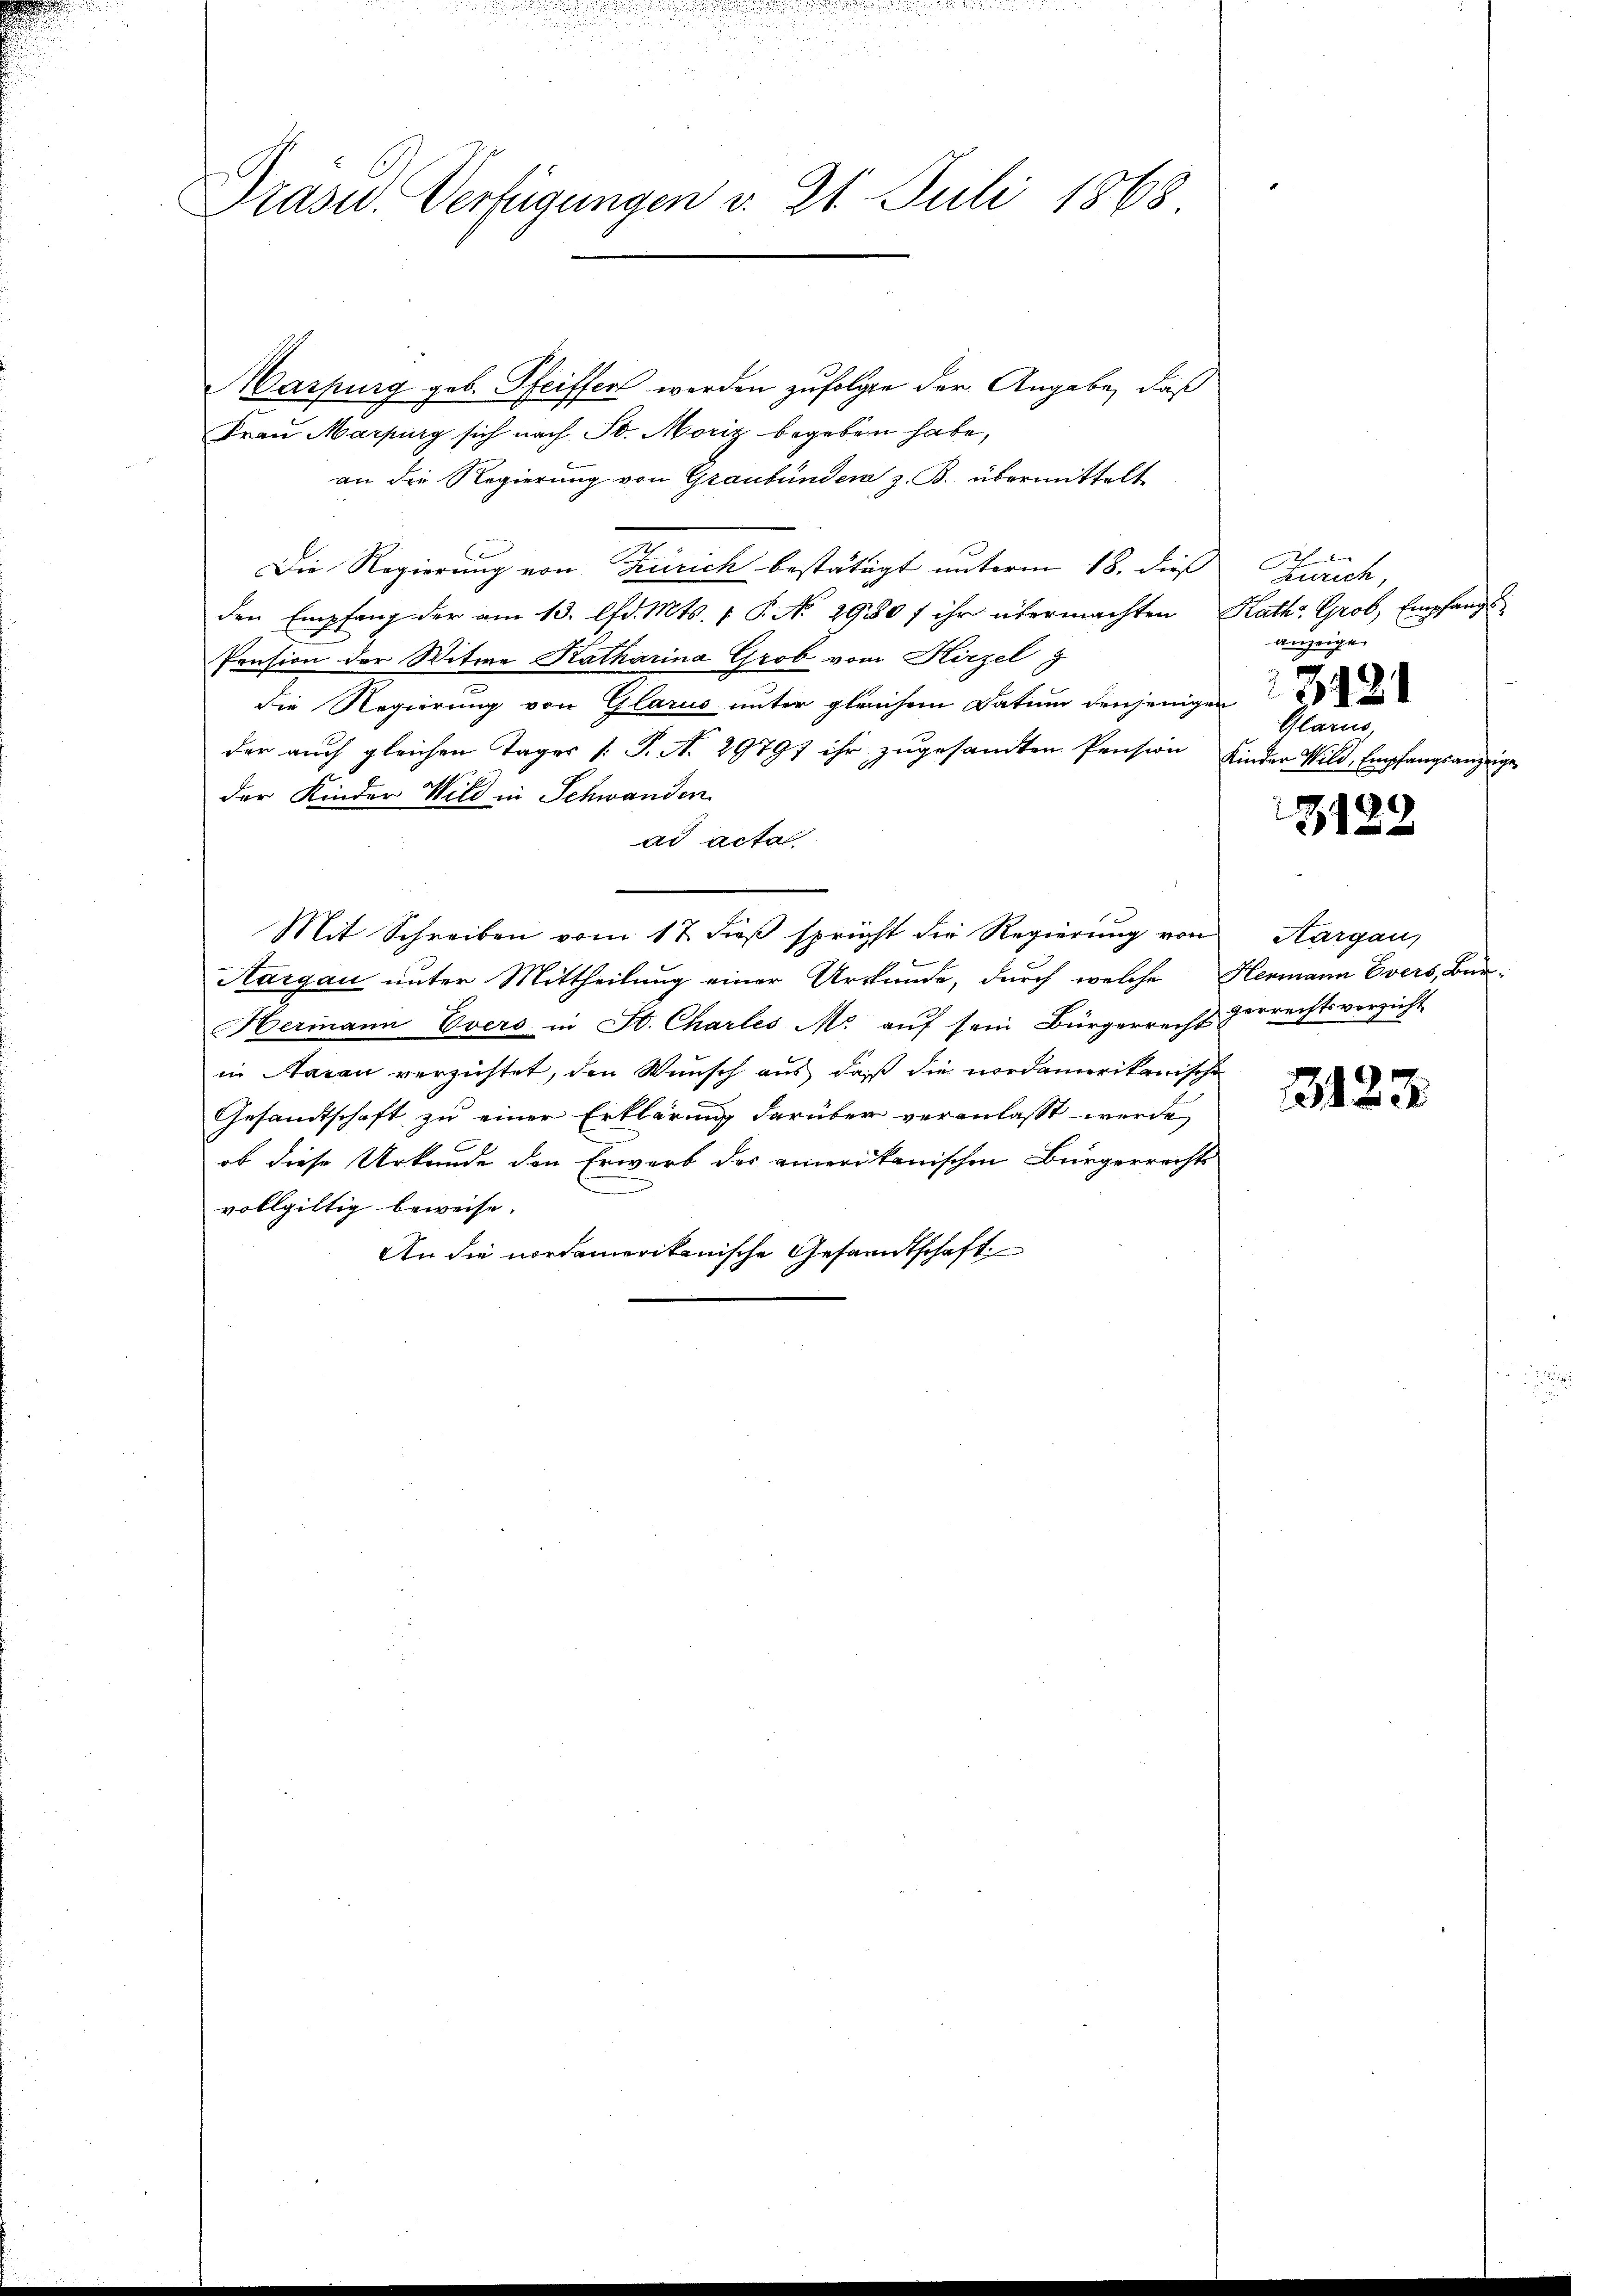
Präsid.. Verfügungen v. 21. Juli 1868

Marpurg geb. Pfeiffen werden zufolgen der Angabe, daß
Frau Marpurg sich nach St. Moriz begeben habe,
an die Regierung von Graubünden z. B. übermittelt
Die Regierung von Zürich bestätigt unterm 18. dieß Zürich,
den Empfang der am 13. lfd. Mts. 1 P. No. 2980 f ihr übermachten Rath Grob, Empfang
Pension der Witwe Katharina Grob vom Hirzel g
die Regierung von Glarus unter gleichem Datum denjenigen d
der auch gleichen Tages [S. A. 29797 ihr zugesandten Pension
der Kinder Wild in Schwanden
ad acta
Mit Schreiben vom 17. dieβ spricht die Regierung von Aargau,
Aargau unter Mittheilung einer Urkunde, durch welche Hermann Evers, Bar-
Hermann Evers in St. Charles M. auf sein Bürgerrecht zerrechtsverzicht
in Aarau verzichtet, den Wunsch aus, daß die nordamerikanische
Gesandtschaft zu einer Erklärung darüber veranlasst werde,
ob diese Urkunde den Erwarb des amerikanischen Bürgerrechts
vollgültig beweise. |
An die nordamerikanische Gesandtschaft

f
anzeige.
Glarus,
Kinder Wild, Empfangsanzeige

.
20

2123